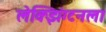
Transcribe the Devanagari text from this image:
लेक्झिंग्टनला